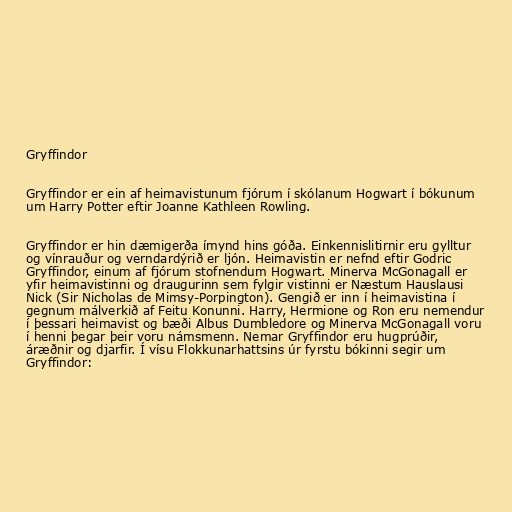
Gryffindor

Gryffindor er ein af heimavistunum fjórum í skólanum Hogwart í bókunum
um Harry Potter eftir Joanne Kathleen Rowling.

Gryffindor er hin dæmigerða ímynd hins góða. Einkennislitirnir eru gylltur
og vínrauður og verndardýrið er ljón. Heimavistin er nefnd eftir Godric
Gryffindor, einum af fjórum stofnendum Hogwart. Minerva McGonagall er
yfir heimavistinni og draugurinn sem fylgir vistinni er Næstum Hauslausi
Nick (Sir Nicholas de Mimsy-Porpington). Gengið er inn í heimavistina í
gegnum málverkið af Feitu Konunni. Harry, Hermione og Ron eru nemendur
í þessari heimavist og bæði Albus Dumbledore og Minerva McGonagall voru
í henni þegar þeir voru námsmenn. Nemar Gryffindor eru hugprúðir,
áræðnir og djarfir. Í vísu Flokkunarhattsins úr fyrstu bókinni segir um
Gryffindor: